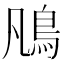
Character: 𩾨